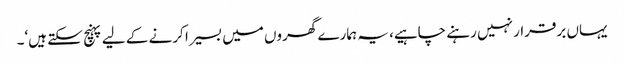
یہاں برقرار نہیں رہنے چاہیے، یہ ہمارے گھروں میں بسیرا کرنے کے لیے پہنچ سکتے ہیں‘۔